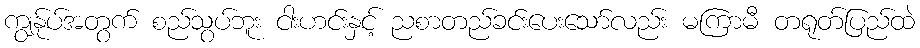
ကျွန်ုပ်အတွက် စည်သွပ်ဘူး ငါးဟင်းနှင့် ညစာတည်ခင်းပေးသော်လည်း မကြာမီ တရုတ်ပြည်ထဲ